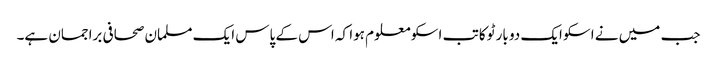
جب میں نے اسکو ایک دو بار ٹوکا تب اسکو معلوم ہوا کہ اس کے پاس ایک مسلمان صحافی براجمان ہے۔